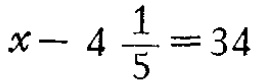
$x-4\frac{1}{5}=34$